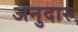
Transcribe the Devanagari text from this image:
अनुदारु